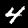
Digit: 4